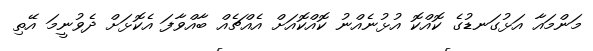
މަންމައާ އަޅުގަނޑުގެ ކޮއްކޮ އުޅުނެއްނު ކޮއްކޮއަށް އެއްޗެއް ބާއްވާފަ އެކޮޅަށް ދެވުނީމަ އޭތި